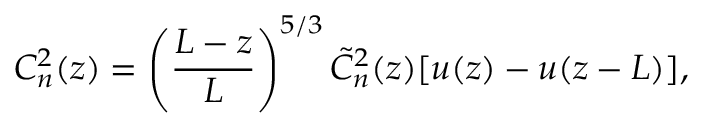
C _ { n } ^ { 2 } ( z ) = \left( \frac { L - z } { L } \right) ^ { 5 / 3 } \tilde { C } _ { n } ^ { 2 } ( z ) [ u ( z ) - u ( z - L ) ] ,